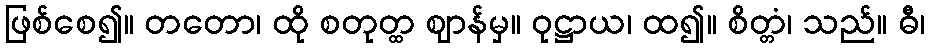
ဖြစ်စေ၍။ တတော၊ ထို စတုတ္ထ ဈာန်မှ။ ဝုဋ္ဌာယ၊ ထ၍။ စိတ္တံ၊ သည်။ ဓီ၊